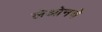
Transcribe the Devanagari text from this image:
लेओनचे